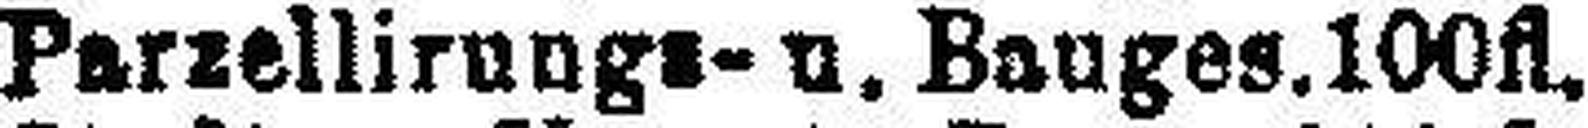
„ Parzellirungs- u. Bauges. 100fl.